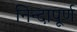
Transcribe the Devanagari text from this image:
निन्दापूर्ण